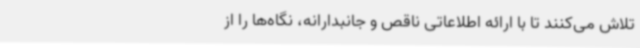
تلاش می‌کنند تا با ارائه اطلاعاتی ناقص و جانبدارانه، نگاه‌ها را از